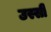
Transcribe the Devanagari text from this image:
उस्सी